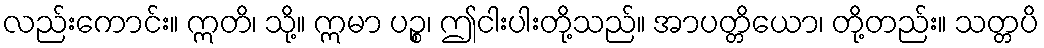
လည်းကောင်း။ ဣတိ၊ သို့။ ဣမာ ပဉ္စ၊ ဤငါးပါးတို့သည်။ အာပတ္တိယော၊ တို့တည်း။ သတ္တပိ